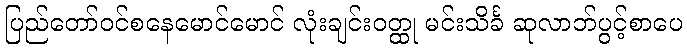
ပြည်တော်ဝင်စနေမောင်မောင် လုံးချင်းဝတ္ထု မင်းသိင်္ခ ဆုလာဘ်ပွင့်စာပေ